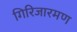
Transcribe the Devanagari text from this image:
गिरिजारमण